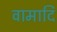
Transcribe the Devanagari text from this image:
वामादि